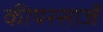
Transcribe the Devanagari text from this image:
कीयरसार्जे